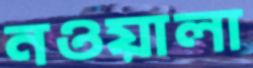
নওয়ালা